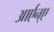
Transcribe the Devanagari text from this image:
आर्एन्ए